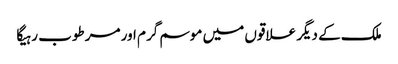
ملک کے دیگر علاقوں میں موسم گرم اور مرطوب رہیگا